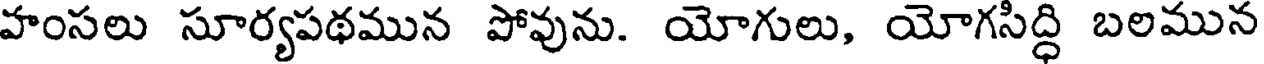
హంసలు సూర్యపథమున పోవును. యోగులు, యోగసిద్ధి బలమున